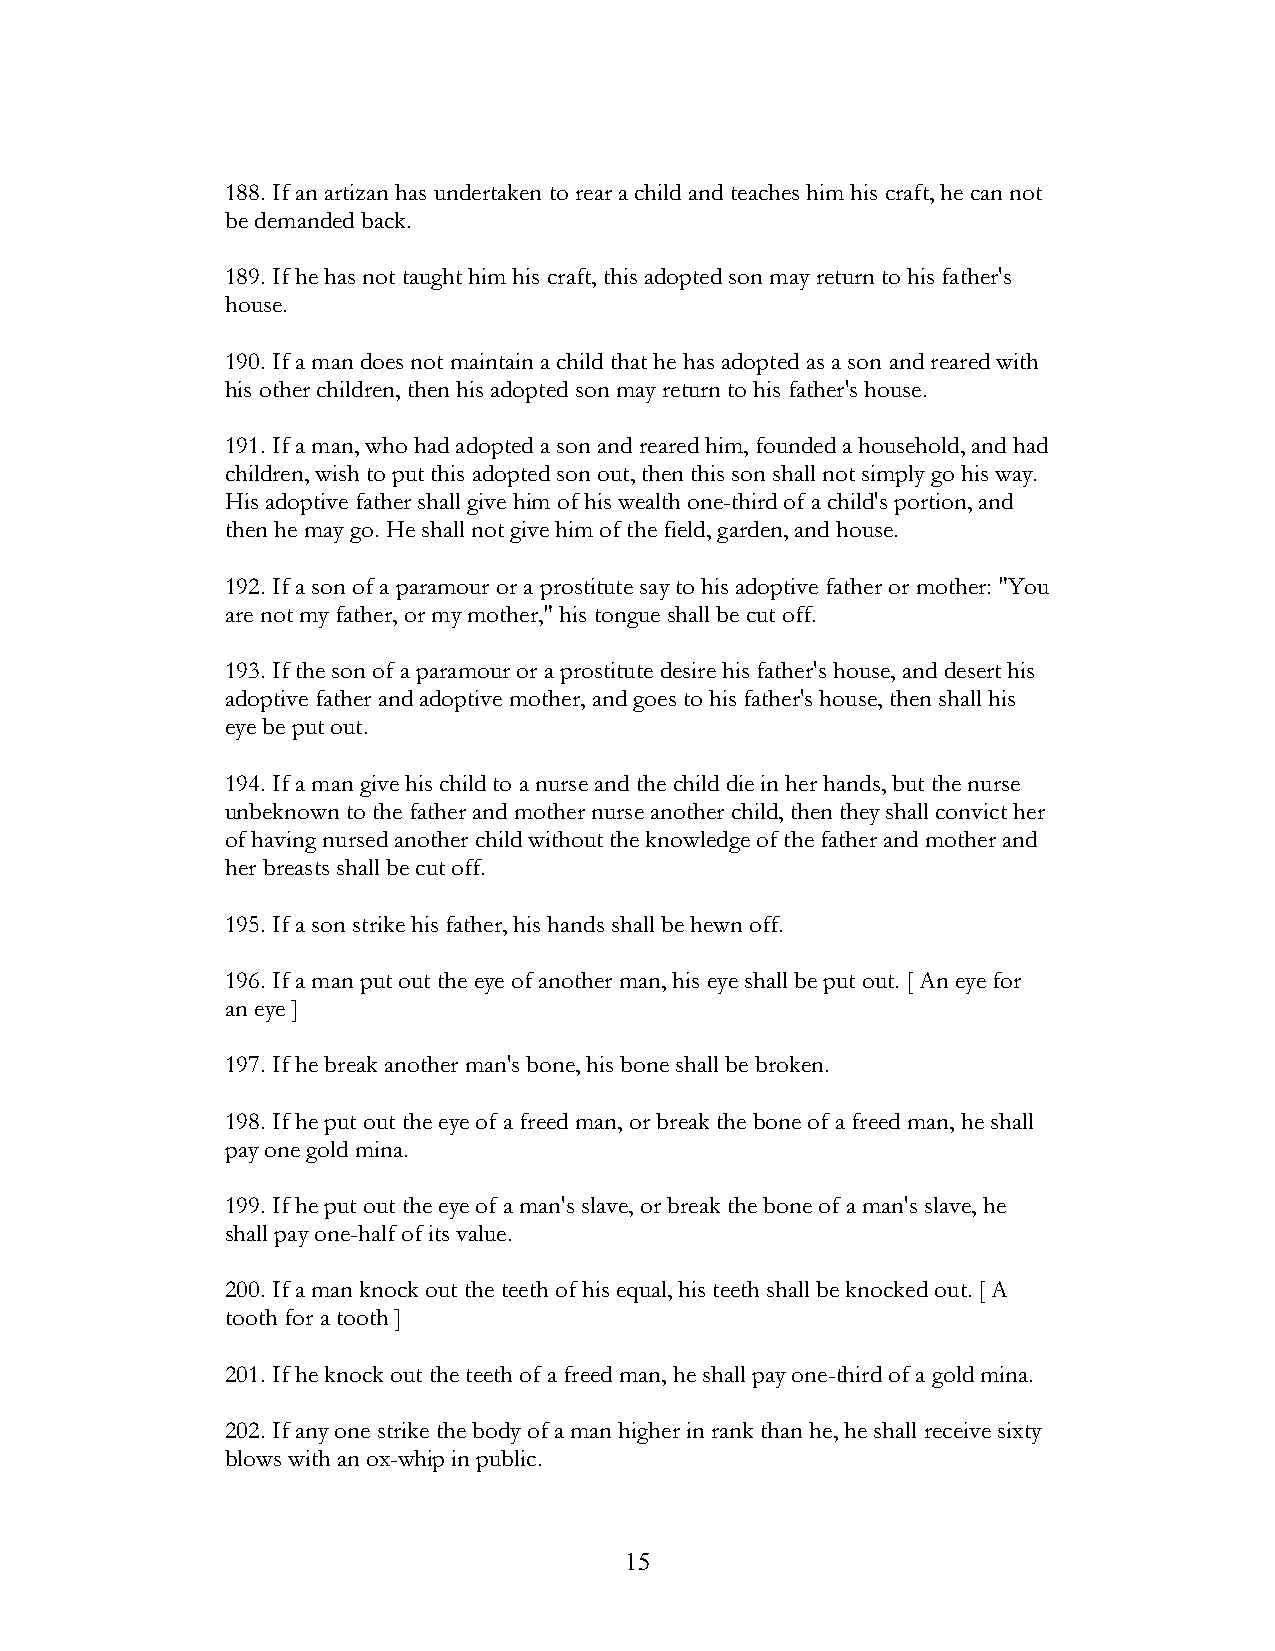
188. If an artizan has undertaken to rear a child and teaches him his craft, he can not
 be demanded back.
 189. If he has not taught him his craft, this adopted son may return to his father's
 house.
 190. If a man does not maintain a child that he has adopted as a son and reared with
 his other children, then his adopted son may return to his father's house.
 191. If a man, who had adopted a son and reared him, founded a household, and had
 children, wish to put this adopted son out, then this son shall not simply go his way.
 His adoptive father shall give him of his wealth one-third of a child's portion, and
 then he may go. He shall not give him of the field, garden, and house.
 192. If a son of a paramour or a prostitute say to his adoptive father or mother: "You
 are not my father, or my mother," his tongue shall be cut off.
 193. If the son of a paramour or a prostitute desire his father's house, and desert his
 adoptive father and adoptive mother, and goes to his father's house, then shall his
 eye be put out.
 194. If a man give his child to a nurse and the child die in her hands, but the nurse
 unbeknown to the father and mother nurse another child, then they shall convict her
 of having nursed another child without the knowledge of the father and mother and
 her breasts shall be cut off.
 195. If a son strike his father, his hands shall be hewn off.
 196. If a man put out the eye of another man, his eye shall be put out. [ An eye for
 an eye ]
 197. If he break another man's bone, his bone shall be broken.
 198. If he put out the eye of a freed man, or break the bone of a freed man, he shall
 pay one gold mina.
 199. If he put out the eye of a man's slave, or break the bone of a man's slave, he
 shall pay one-half of its value.
 200. If a man knock out the teeth of his equal, his teeth shall be knocked out. [ A
 tooth for a tooth ]
 201. If he knock out the teeth of a freed man, he shall pay one-third of a gold mina.
 202. If any one strike the body of a man higher in rank than he, he shall receive sixty
 blows with an ox-whip in public.
 !                         15